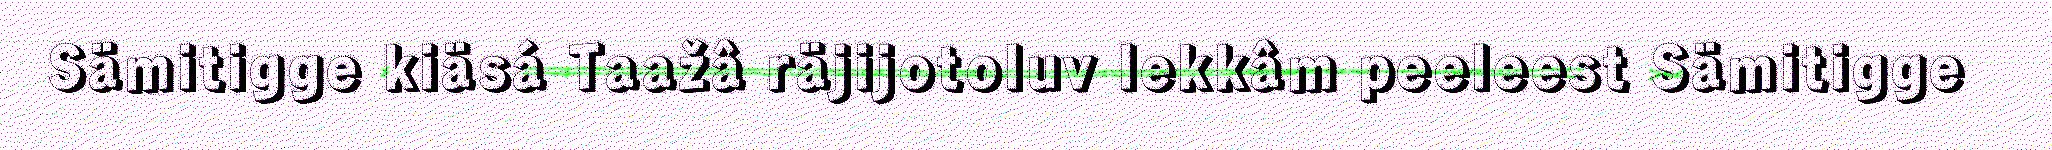
Sämitigge kiäsá Taažâ räjijotoluv lekkâm peeleest Sämitigge